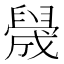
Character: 𬛻